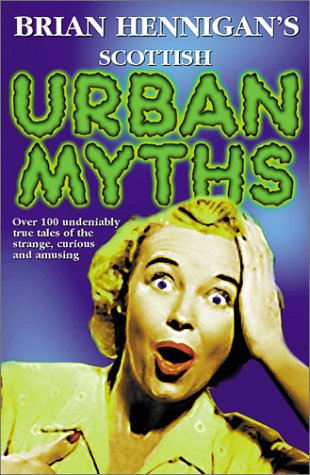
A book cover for Brian Hennigan's Scottish Urban Myths; Brian Hennigan; Humor & Entertainment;